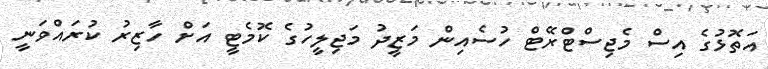
އަތޮޅުގެ އިސް މެޖިސްޓްރޭޓް ހުސެއިން މަޒީދު މަޖިލީހުގެ ކޮމެޓީ އަށް ހާޒިރު ކުރައްވަނީ